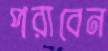
পরাবেন